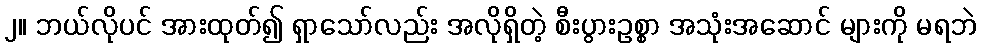
၂။ ဘယ်လိုပင် အားထုတ်၍ ရှာသော်လည်း အလိုရှိတဲ့ စီးပွားဥစ္စာ အသုံးအဆောင် များကို မရဘဲ